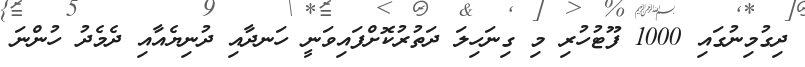
ދިގުމިނުގައި 1000 ފޫޓުހުރި މި ގިނަހިލަ ދަތުރުކޮށްފައިވަނީ ހަނދާއި ދުނިޔެއާއި ދެމެދު ހުންނަ